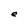
Character: e